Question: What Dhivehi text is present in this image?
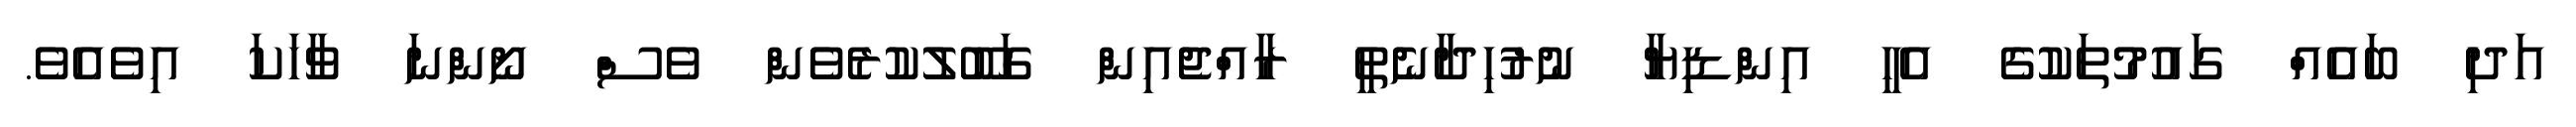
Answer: އަދި ބައެއް ގައުމުތަކުގެ އެހީ އިންޑިޔާ ނުރުހިދާނެތީ ރާއްޖެއިން ގަބޫލުކުރެވެން ވެސް ނޯންނަ ވާހަކަ އިވެއެވެ.